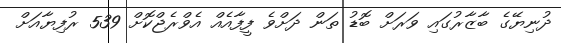
ދުނިޔޭގެ ބާޒާރުގައި ވަރަށް ބޮޑު ތަން ދަށްވެ ފީފާއެއް އެވްރެޖްކޮށް 539 ރުފިޔާއަށް